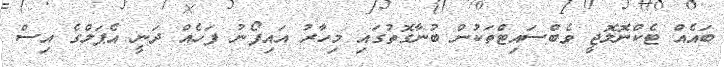
ބައެއް ޓެކްނޮލޮޖީ ވެބްސައިޓްތަކުން ބުނާގޮތުގައި މިހާރު އައިފޯނު ފަހެެއް ދަނީ އެޕަލްގެ އިސް